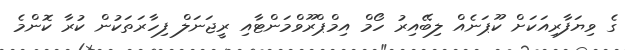
ގެ ވިޔަފާރިއަކަށް ކޫޕަނެއް ލިބޭއިރު ހޯމް އިމްޕްރޫވްމަންޓާއި ރީޖަނަލް ފިހާރަތަކުން ކުރާ ކޮންމެ